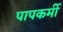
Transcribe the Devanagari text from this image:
पापकर्मी